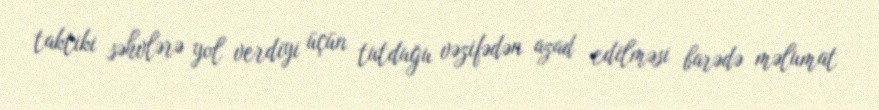
taktiki səhvlərə yol verdiyi üçün tutduğu vəzifədən azad edilməsi barədə məlumat